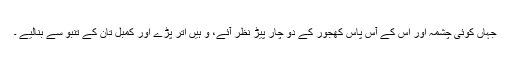
جہاں کوئی چشمہ اور اس کے آس پاس کھجور کے دو چار پیڑ نظر آئے، و ہیں اتر پڑے اور کمبل تان کے تنبو سے بنالیے ۔